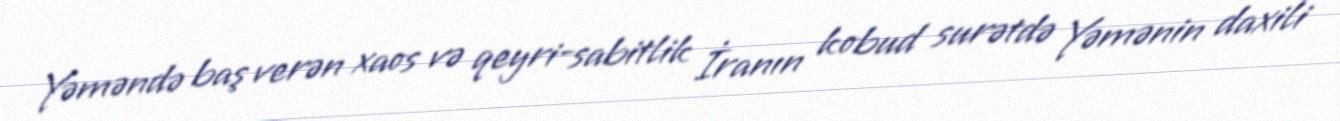
Yəməndə baş verən xaos və qeyri-sabitlik İranın kobud surətdə Yəmənin daxili